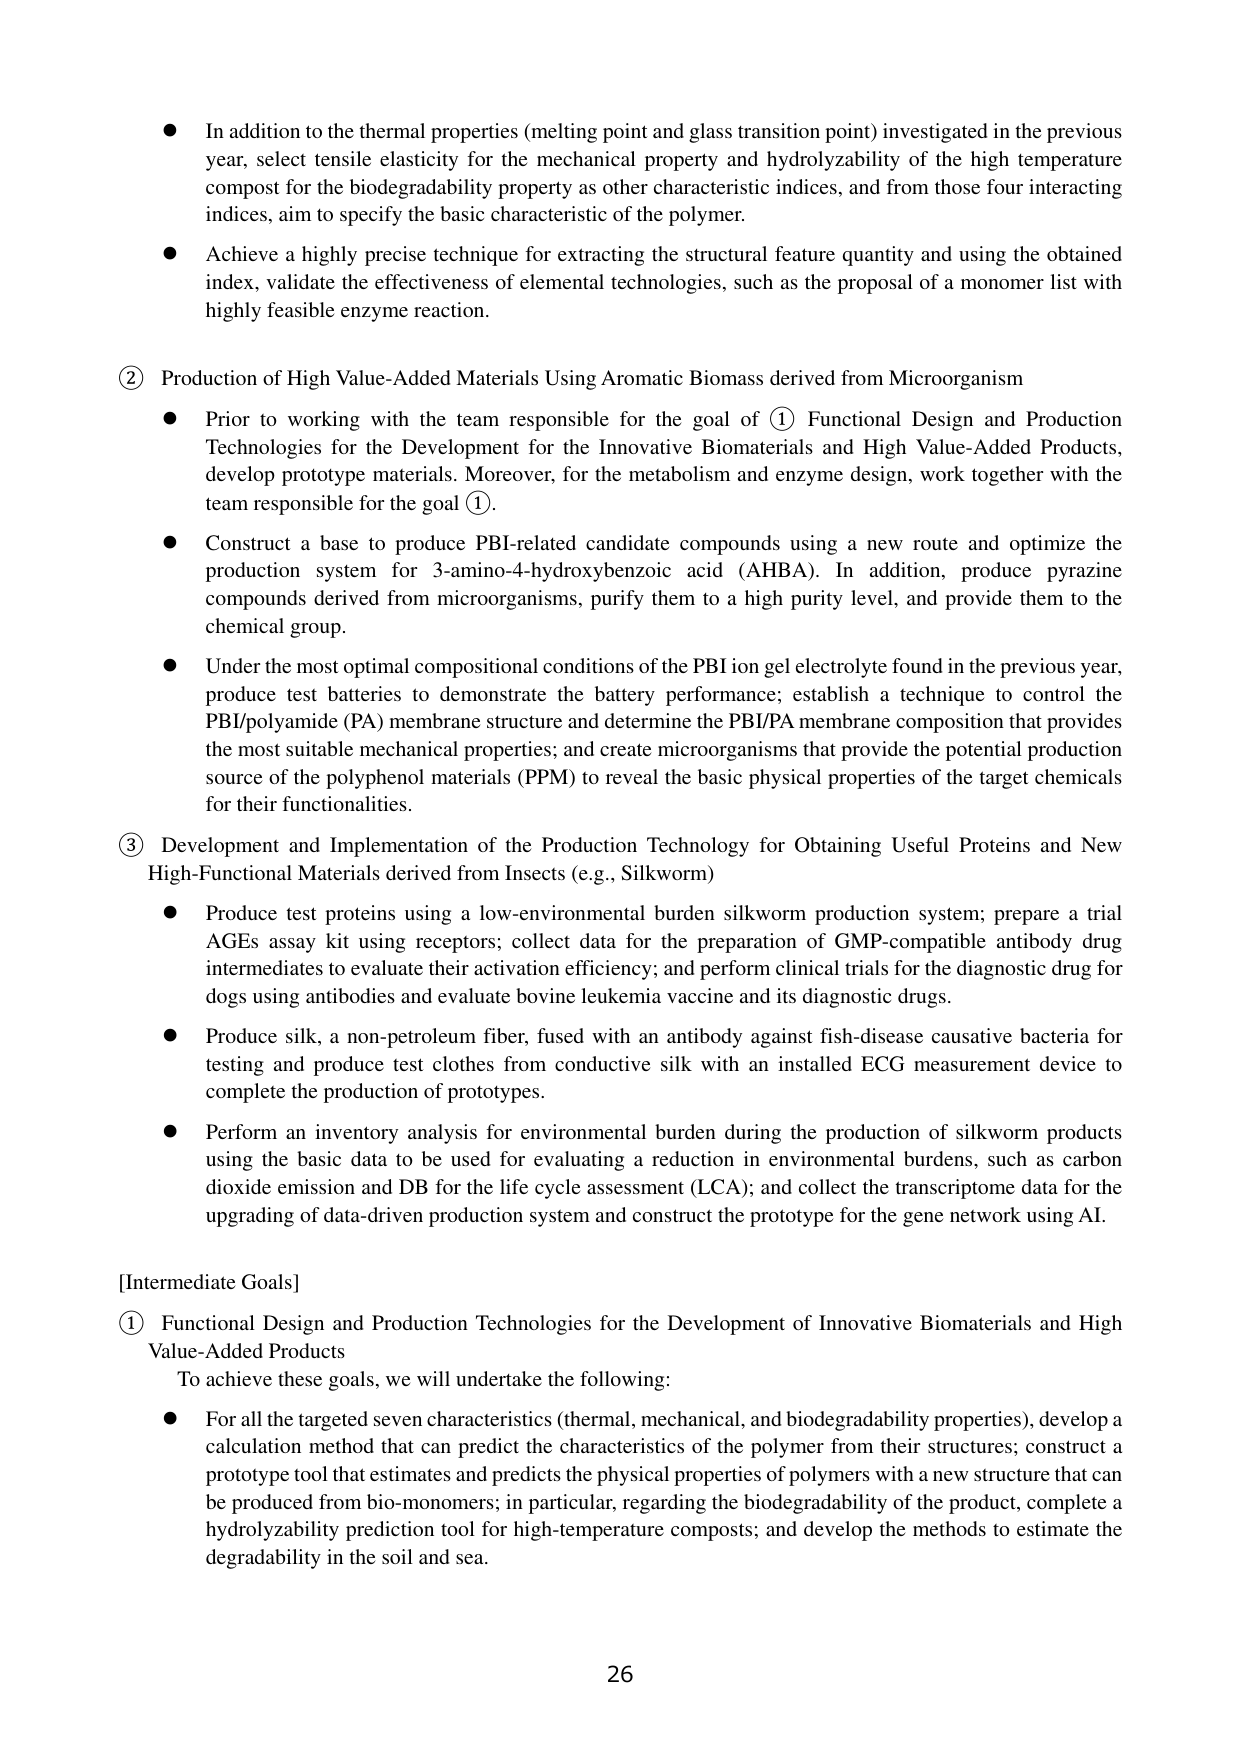
● In addition to the thermal properties (melting point and glass transition point) investigated in the previous year, select tensile elasticity for the mechanical property and hydrolyzability of the high temperature compost for the biodegradability property as other characteristic indices, and from those four interacting indices, aim to specify the basic characteristic of the polymer.

● Achieve a highly precise technique for extracting the structural feature quantity and using the obtained index, validate the effectiveness of elemental technologies, such as the proposal of a monomer list with highly feasible enzyme reaction.

② Production of High Value-Added Materials Using Aromatic Biomass derived from Microorganism

● Prior to working with the team responsible for the goal of ① Functional Design and Production Technologies for the Development for the Innovative Biomaterials and High Value-Added Products, develop prototype materials. Moreover, for the metabolism and enzyme design, work together with the team responsible for the goal ①.

● Construct a base to produce PBI-related candidate compounds using a new route and optimize the production system for 3-amino-4-hydroxybenzoic acid (AHBA). In addition, produce pyrazine compounds derived from microorganisms, purify them to a high purity level, and provide them to the chemical group.

● Under the most optimal compositional conditions of the PBI ion gel electrolyte found in the previous year, produce test batteries to demonstrate the battery performance; establish a technique to control the PBI/polyamide (PA) membrane structure and determine the PBI/PA membrane composition that provides the most suitable mechanical properties; and create microorganisms that provide the potential production source of the polyphenol materials (PPM) to reveal the basic physical properties of the target chemicals for their functionalities.

③ Development and Implementation of the Production Technology for Obtaining Useful Proteins and New High-Functional Materials derived from Insects (e.g., Silkworm)

● Produce test proteins using a low-environmental burden silkworm production system; prepare a trial AGEs assay kit using receptors; collect data for the preparation of GMP-compatible antibody drug intermediates to evaluate their activation efficiency; and perform clinical trials for the diagnostic drug for dogs using antibodies and evaluate bovine leukemia vaccine and its diagnostic drugs.

● Produce silk, a non-petroleum fiber, fused with an antibody against fish-disease causative bacteria for testing and produce test clothes from conductive silk with an installed ECG measurement device to complete the production of prototypes.

● Perform an inventory analysis for environmental burden during the production of silkworm products using the basic data to be used for evaluating a reduction in environmental burdens, such as carbon dioxide emission and DB for the life cycle assessment (LCA); and collect the transcriptome data for the upgrading of data-driven production system and construct the prototype for the gene network using AI.

[Intermediate Goals]

① Functional Design and Production Technologies for the Development of Innovative Biomaterials and High Value-Added Products

To achieve these goals, we will undertake the following:

● For all the targeted seven characteristics (thermal, mechanical, and biodegradability properties), develop a calculation method that can predict the characteristics of the polymer from their structures; construct a prototype tool that estimates and predicts the physical properties of polymers with a new structure that can be produced from bio-monomers; in particular, regarding the biodegradability of the product, complete a hydrolyzability prediction tool for high-temperature composts; and develop the methods to estimate the degradability in the soil and sea.

26